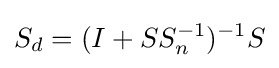
S_{d}=(I+SS_{n}^{-1})^{-1}S